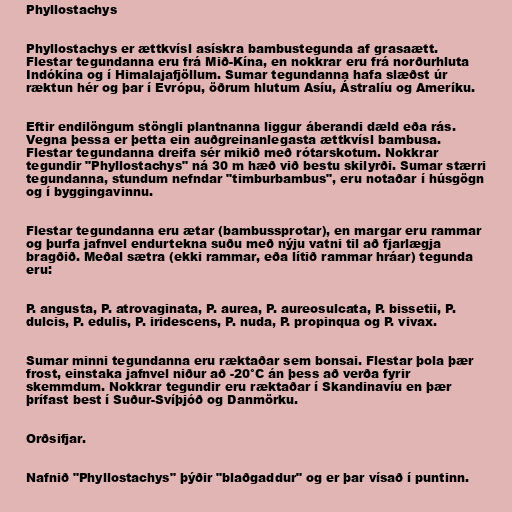
Phyllostachys

Phyllostachys er ættkvísl asískra bambustegunda af grasaætt.
Flestar tegundanna eru frá Mið-Kína, en nokkrar eru frá norðurhluta
Indókína og í Himalajafjöllum. Sumar tegundanna hafa slæðst úr
ræktun hér og þar í Evrópu, öðrum hlutum Asíu, Ástralíu og Ameríku.

Eftir endilöngum stöngli plantnanna liggur áberandi dæld eða rás.
Vegna þessa er þetta ein auðgreinanlegasta ættkvísl bambusa.
Flestar tegundanna dreifa sér mikið með rótarskotum. Nokkrar
tegundir "Phyllostachys" ná 30 m hæð við bestu skilyrði. Sumar stærri
tegundanna, stundum nefndar "timburbambus", eru notaðar í húsgögn
og í byggingavinnu.

Flestar tegundanna eru ætar (bambussprotar), en margar eru rammar
og þurfa jafnvel endurtekna suðu með nýju vatni til að fjarlægja
bragðið. Meðal sætra (ekki rammar, eða lítið rammar hráar) tegunda
eru:

P. angusta, P. atrovaginata, P. aurea, P. aureosulcata, P. bissetii, P.
dulcis, P. edulis, P. iridescens, P. nuda, P. propinqua og P. vivax.

Sumar minni tegundanna eru ræktaðar sem bonsai. Flestar þola þær
frost, einstaka jafnvel niður að -20°C án þess að verða fyrir
skemmdum. Nokkrar tegundir eru ræktaðar í Skandinavíu en þær
þrífast best í Suður-Svíþjóð og Danmörku.

Orðsifjar.

Nafnið "Phyllostachys" þýðir "blaðgaddur" og er þar vísað í puntinn.